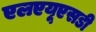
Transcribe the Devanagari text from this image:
एलएयूएसडी